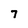
Character: 7